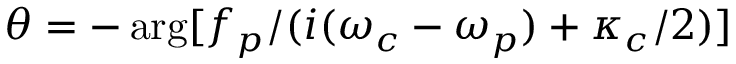
\theta = - \arg [ f _ { p } / ( i ( \omega _ { c } - \omega _ { p } ) + \kappa _ { c } / 2 ) ]